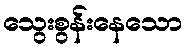
သွေးစွန်းနေသော